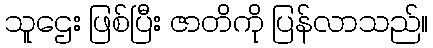
သူဌေး ဖြစ်ပြီး ဇာတိကို ပြန်လာသည်။